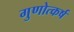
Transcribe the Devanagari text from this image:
गुणोत्कर्ष